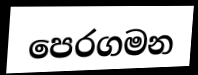
පෙරගමන